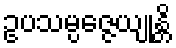
ဥပသမ္ပဇ္ဇေယျုန္တိ